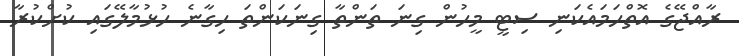
ރާއްޖޭގެ އޮތްހަމައެކަނި ސިޓީ މީހުން ގިނަ ތަންތާ ގިނަކަންތަ ހިގާނެ ހުުޅުމާލޭގައި ކުށްކުރާ